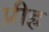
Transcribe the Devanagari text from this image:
प्रीह